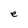
Character: e